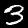
Label: 3